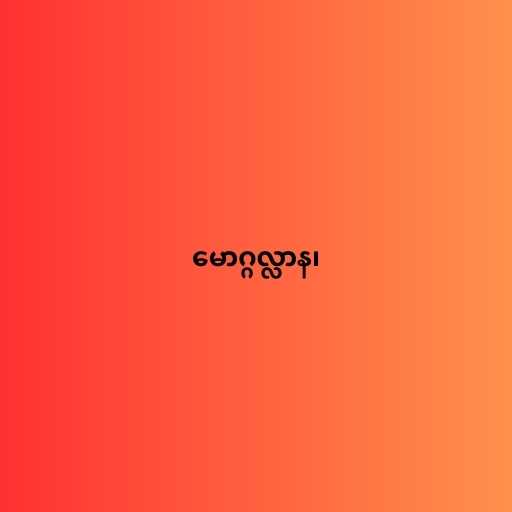
မောဂ္ဂလ္လာန၊